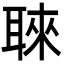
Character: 𮋳